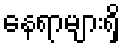
နေရာများရှိ